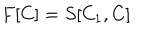
LaTeX: F [ C ] = S [ C _ { 1 } , C ]